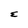
Character: E